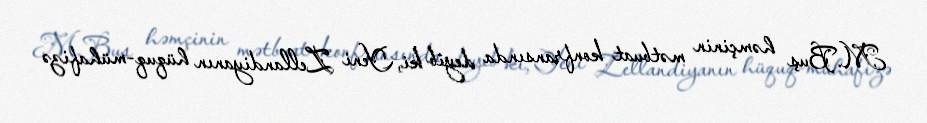
M.Buş həmçinin mətbuat konfransında deyib ki, Yeni Zellandiyanın hüquq-mühafizə